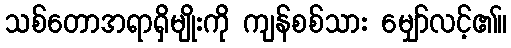
သစ်တောအရာရှိမျိုးကို ကျန်စစ်သား မျှော်လင့်၏။